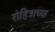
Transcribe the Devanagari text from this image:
रोहित्राच्या